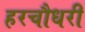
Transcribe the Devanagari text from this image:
हरचौधरी